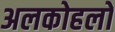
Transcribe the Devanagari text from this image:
अलकोहलों